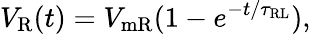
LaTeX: V_{\mathrm{{R}}}(t)=V_{\mathrm{{mR}}}(1-e^{-t/\tau_{\mathrm{{RL}}}}),